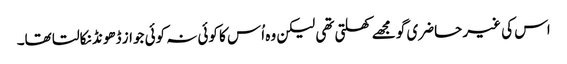
اس کی غیر حاضری گو مجھے کھلتی تھی لیکن وہ اُس کا کوئی نہ کوئی جواز ڈھونڈ نکالتا تھا۔